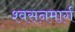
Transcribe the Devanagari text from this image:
श्‍वसनमार्ग